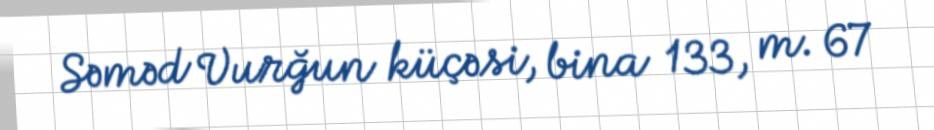
Səməd Vurğun küçəsi, bina 133, m. 67